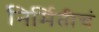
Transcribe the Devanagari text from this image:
निर्मितीचं